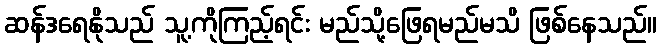
ဆန်ဒရေနိုသည် သူ့ကိုကြည့်ရင်း မည်သို့ဖြေရမည်မသိ ဖြစ်နေသည်။